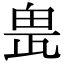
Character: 𤱖